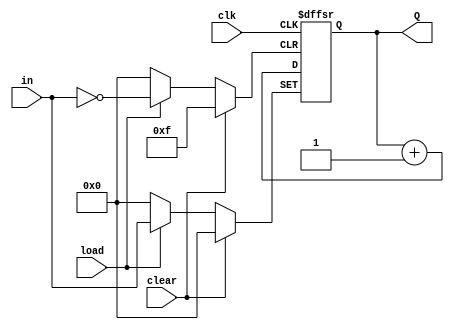
module Four_Bit_Unsigned_Load_UpCounter(Q, in, load, clear, clk);
	
	output [3:0]Q;
	input [3:0]in;
	input load, clear, clk;
	reg [3:0]Q;
	
	always @(posedge clk or posedge load or posedge clear)
		begin
			if(clear)
				Q <= 4'b0;
			else if(load)
				Q <= in;
			else 
				Q <= Q + 1;
		end

endmodule